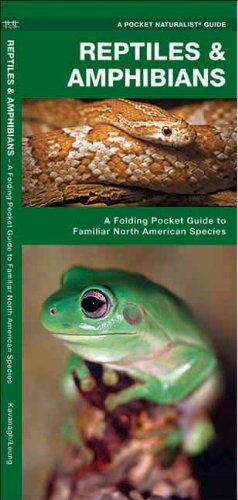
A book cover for Reptiles & Amphibians: A Folding Pocket Guide to Familiar North American Species (Pocket Naturalist Guide Series); James Kavanagh; Science & Math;